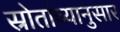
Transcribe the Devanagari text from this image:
स्रोतांच्‍यानुसार